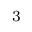
{ } ^ { 3 }